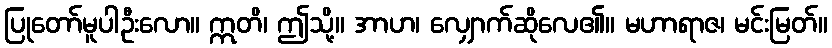
ပြုတော်မူပါဦးလော။ ဣတိ၊ ဤသို့။ အာဟ၊ လျှောက်ဆိုလေ၏။ မဟာရာဇ၊ မင်းမြတ်။